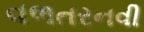
વળતરનવી